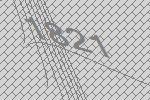
1821